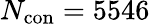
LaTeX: N_{\mathrm{con}}=5546